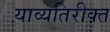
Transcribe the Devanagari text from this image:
याव्यतिरीक्त